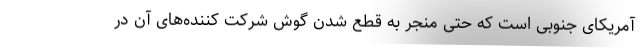
آمریکای جنوبی است که حتی منجر به قطع شدن گوش شرکت کننده‌های آن در